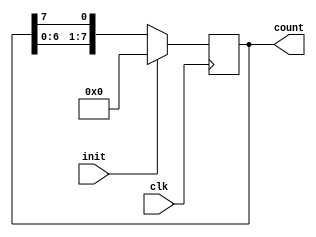
module ring_counter2 (clk, init, count);
     input clk, init;
     output reg [7:0] count;
     always @ (posedge clk)
       begin
        if (init) count = 8'b100000000;
        else
          count = {count[6:0], count[7]};
       end
  endmodule